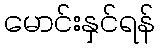
မောင်းနှင်ရန်